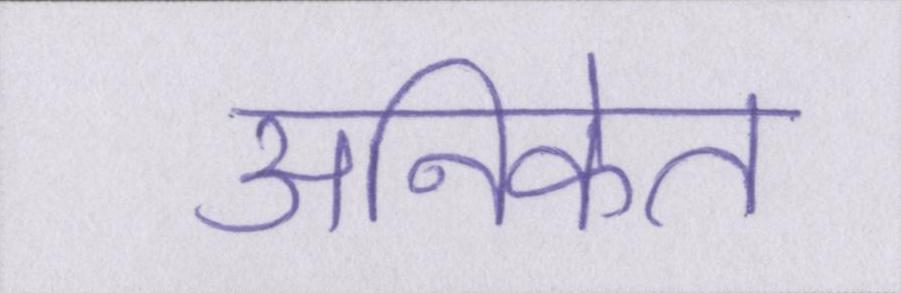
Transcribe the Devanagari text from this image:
अनिकेत